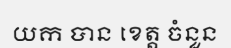
យក បាន ខេត្ត ចំនួន